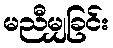
မညီမျှခြင်း